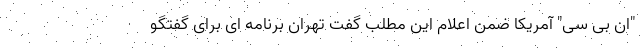
"ان بی سی" آمریکا ضمن اعلام این مطلب گفت تهران برنامه ای برای گفتگو